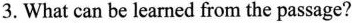
3.What can be learned from the passage?